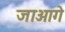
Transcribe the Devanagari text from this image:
जाआगे